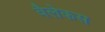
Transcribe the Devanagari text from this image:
वैलेकस